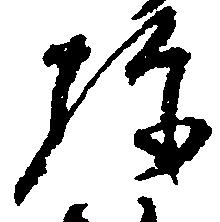
弥